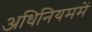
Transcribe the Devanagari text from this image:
अधिनियममें